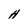
Character: H